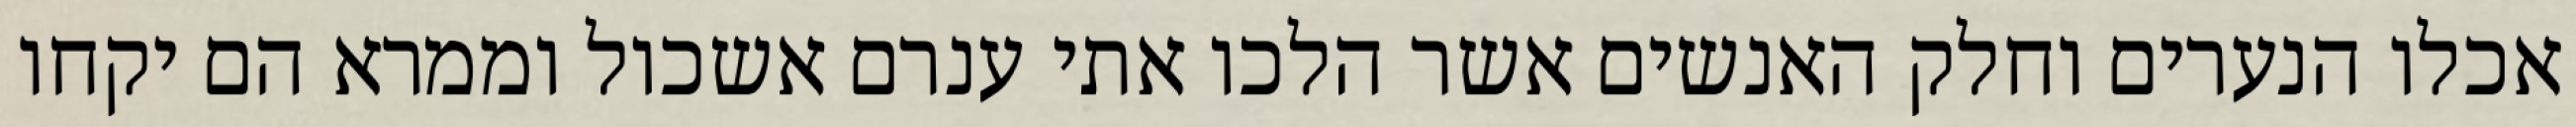
אכלו הנערים וחלק האנשים אשר הלכו אתי ענרם אשכול וממרא הם יקחו